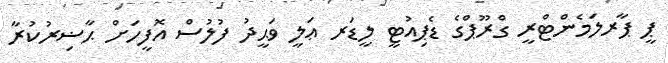
ޕީ ޕާރލަމެންޓްރީ ގްރޫޕްގެ ޑެޕިއުޓީ ލީޑަރ ޢަލީ ވަޙީދު ފުލުސް އޮފީހަށް ޙާޟިރުކުރާ